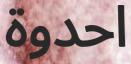
احدوة